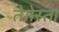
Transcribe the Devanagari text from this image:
तेगेस्ता